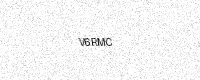
Text: V6RMC